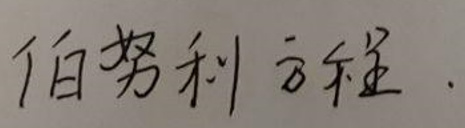
伯努利方程.